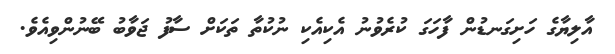
އާލިޔާގެ ހަށިގަނޑުން ފާހަގަ ކުރެވުނު އެކިއެކި ނުކުތާ ތަކަށް ސާފު ޖަވާބު ބޭނުންވިއެވެ.